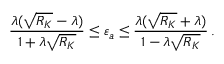
\frac { \lambda ( \sqrt { R _ { K } } - \lambda ) } { 1 + \lambda \sqrt { R _ { K } } } \le \varepsilon _ { a } \le \frac { \lambda ( \sqrt { R _ { K } } + \lambda ) } { 1 - \lambda \sqrt { R _ { K } } } \, .